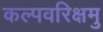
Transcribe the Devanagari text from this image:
कल्पवरिक्षमु